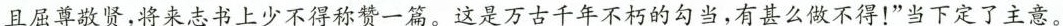
且屈尊敬贤，将来志书上少不得称赞一篇。这是万古千年不朽的勾当，有甚么做不得！”当下定了主意。